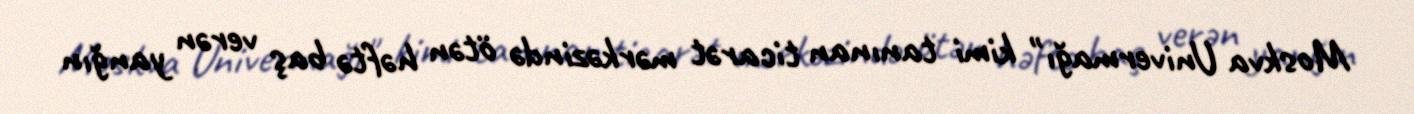
Moskva Univermağı" kimi tanınan ticarət mərkəzində ötən həftə baş verən yanğın